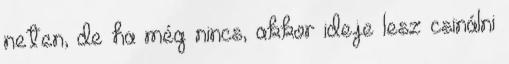
neten, de ha még nincs, akkor ideje lesz csinálni